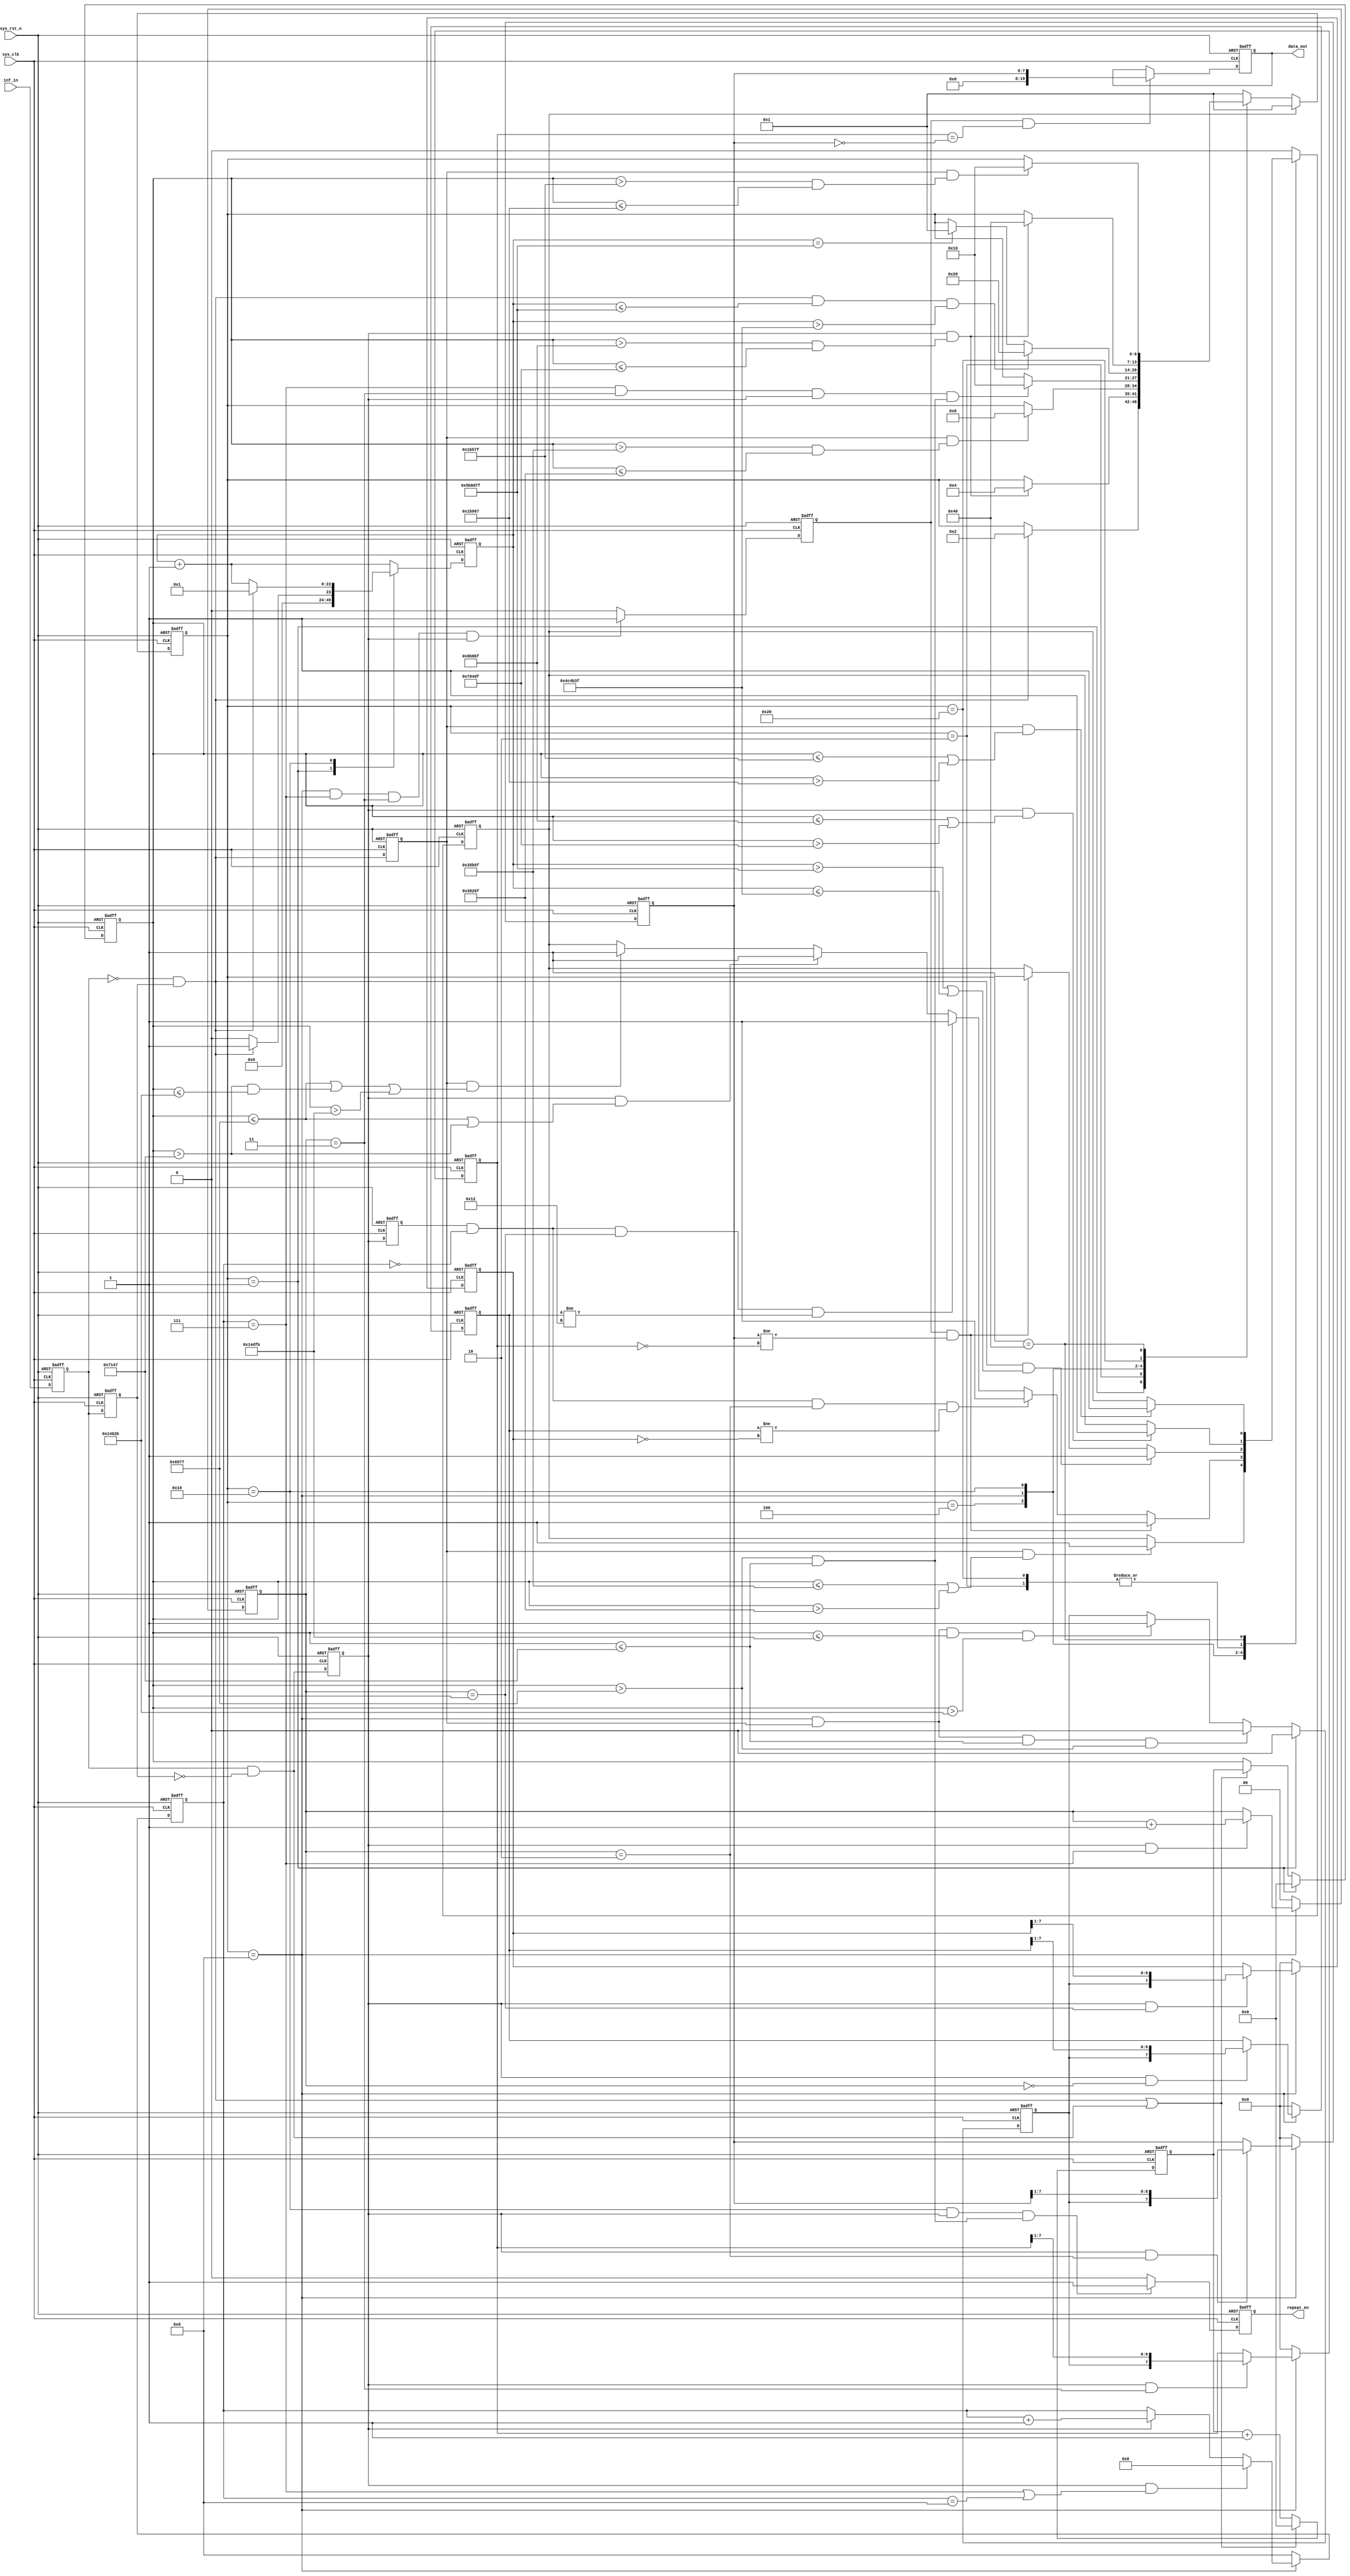
module inf_decoder
(
	input 	wire		sys_clk		,
	input 	wire		sys_rst_n	,
	input	wire		inf_in		,
	
	output	reg			repeat_en	,
	output	reg	[19:0]	data_out		
);

reg				inf_in_reg		;
reg				inf_in_reg1		;
wire			fall_flag		;
wire			rise_flag		;
reg		[6:0]	state			;
reg		[22:0]	cnt_110ms		;
reg		[19:0]	cnt				;
reg		[19:0]	cnt_reg			;
reg				fall_flag_reg	;
reg				rise_flag_reg	;
reg				rise_flag_reg2	;
reg		[3:0]	data_bit_cnt	;
reg		[1:0]	data_byte_cnt	;
reg				data			;
reg		[7:0]	addr_s_temp		;
reg		[7:0]	addr_c_temp		;
reg		[7:0]	data_s_temp		;
reg		[7:0]	data_c_temp		;
reg				data_finished 	;




reg				error_flag		;



parameter	IDLE				= 		7'b000_0001	,
			INTRODUCE_9000U		= 		7'b000_0010	,
			INTRODUCE_4500U		= 		7'b000_0100	,
			DATA				= 		7'b000_1000	,
			WAIT_REP			= 		7'b001_0000	,
			REP_9000U			= 		7'b010_0000	,
			REP_2250U			= 		7'b100_0000	,
			TIME_540U			= 		15'd26_999	,
			TIME_580U			=		15'd28_999	,
			TIME_1670U			= 		17'd83_499	,
			TIME_1710U			= 		17'd85_499	,
			TIME_9200U			=		19'd459_999	,
			TIME_8800U			=		19'd439_999	,
			TIME_4600U			= 		19'd229_999	,
			TIME_4400U			= 		19'd219_999	,
			TIME_100000U		= 		23'd4_999_999,
			TIME_120000U		= 		23'd5_999_999,
			TIME_2240U			= 		17'd111_999	,
			TIME_2260U			= 		17'd112_999	,
			
			ADDR				= 		8'h12		;
			
			

//inf_in_reg and inf_in_reg1
always@(posedge sys_clk or negedge sys_rst_n)
	if(sys_rst_n == 1'b0)
		begin
			inf_in_reg 	<= 	1'b1;
			inf_in_reg1 <= 	1'b1;
		end
	else 
		begin
			inf_in_reg 	<= 	inf_in;
			inf_in_reg1 <= 	inf_in_reg;
		end

//fall_flag
assign	fall_flag = (inf_in_reg == 1'b0) && (inf_in_reg1 == 1'b1);

//rise_flag
assign	rise_flag = (inf_in_reg == 1'b1) && (inf_in_reg1 == 1'b0);

//state
always@(posedge sys_clk or negedge sys_rst_n)
	if(sys_rst_n == 1'b0)
		state <= IDLE;
	else if(error_flag == 1'b1)
		state <= IDLE;
	else case(state)
		IDLE:
		if(fall_flag == 1'b1)
			state	<= 		INTRODUCE_9000U	;
			
		INTRODUCE_9000U:
		if((rise_flag_reg == 1'b1)&&((cnt_reg > TIME_8800U) && 
			(cnt_reg <= TIME_9200U)))
			state	<= 		INTRODUCE_4500U	;
			
		INTRODUCE_4500U:
			if((fall_flag_reg == 1'b1)&&((cnt_reg > TIME_4400U) &&
			(cnt_reg <= TIME_4600U)))
			state 	<= 		DATA			;
		
		DATA:
			if((data_bit_cnt == 4'd7) 	&& 
				(data_byte_cnt == 2'd3) && 
				(rise_flag_reg == 1'b1)	&&
				((cnt_reg > TIME_540U) 	&&
				(cnt_reg <= TIME_580U)))
			state 	<= 		WAIT_REP		;
			
		WAIT_REP:
			if((fall_flag == 1'b1) 			&& 
				(cnt_110ms <= TIME_120000U) &&
				(cnt_110ms > TIME_100000U))
			state 	<= 		REP_9000U		;
			
			else if(cnt_110ms == TIME_120000U)
			state 	<= 		IDLE			;
			
		
		REP_9000U:
			if((rise_flag_reg == 1'b1)		&&
				((cnt_reg > TIME_8800U) 	&& 
				(cnt_reg <= TIME_9200U)))
			state 	<= 		REP_2250U		;
		
		REP_2250U:
			if((fall_flag_reg == 1'b1)		&&
				((cnt_reg > TIME_2240U)	&& (cnt_reg <= TIME_2260U)))
			state	<= 		WAIT_REP		;
			
		
		default: 
			state <= IDLE;
	
	endcase

//cnt_110ms
always@(posedge sys_clk or negedge sys_rst_n)
	if(sys_rst_n == 1'b0)
		cnt_110ms <= 23'd0;
	else case(state)
		IDLE: 
		if(fall_flag == 1'b1)
			cnt_110ms <= 23'd1;
		else
			cnt_110ms <= 23'd0;
		WAIT_REP:
		if(fall_flag == 1'b1)
			cnt_110ms <= 23'd1;
		else
			cnt_110ms <= cnt_110ms + 23'd1;
		default:
			cnt_110ms <= cnt_110ms + 23'd1;
		
	endcase

//cnt
always@(posedge sys_clk or negedge sys_rst_n)
	if(sys_rst_n == 1'b0)
		cnt <= 20'd0;
	else if((fall_flag == 1'b1) || (rise_flag == 1'b1))
		cnt <= 20'd0;
	else 
		cnt <= cnt + 20'd1;
		
//cnt_reg
always@(posedge sys_clk or negedge sys_rst_n)
	if(sys_rst_n == 1'b0)
		cnt_reg	<= 20'd0;
	else if(state == IDLE)
		cnt_reg <= 20'd0;
	else if((fall_flag == 1'b1) || (rise_flag == 1'b1))
		cnt_reg	<= cnt;
	
//fall_flag_reg
always@(posedge sys_clk or negedge sys_rst_n)
	if(sys_rst_n == 1'b0)
		fall_flag_reg <= 1'b0;
	else 
		fall_flag_reg <= fall_flag;
		
//rise_flag_reg & rise_flag_reg2
always@(posedge sys_clk or negedge sys_rst_n)
	if(sys_rst_n == 1'b0)
		begin
		rise_flag_reg <= 1'b0;
		rise_flag_reg2<= 1'b0;
		end
	else
		begin
		rise_flag_reg <= rise_flag;
		rise_flag_reg2<= rise_flag_reg;
		end
		
//data
always@(posedge sys_clk or negedge sys_rst_n)
	if(sys_rst_n == 1'b0)
		data <= 1'b0;
	else if(state == IDLE)
		data <= 1'b0;
	else if((state == DATA) && (fall_flag_reg == 1'b1) && 
	(cnt_reg <= TIME_580U) && (cnt_reg > TIME_540U) )  //0
		data <= 1'b0;
	else if((state == DATA) && (fall_flag_reg == 1'b1) && 
	(cnt_reg <= TIME_1710U) && (cnt_reg > TIME_1670U)) //1
		data <= 1'b1;
		
//data_bit_cnt
always@(posedge sys_clk or negedge sys_rst_n)
	if(sys_rst_n == 1'b0)
		data_bit_cnt <= 4'd8;
	else case(state)
		DATA:
		if((rise_flag_reg == 1'b1) && ((data_bit_cnt == 4'd7) || (data_bit_cnt == 4'd8)))
		data_bit_cnt <= 4'd0;
		else if(rise_flag_reg == 1'b1)
		data_bit_cnt <= data_bit_cnt + 4'd1;
		default:
		data_bit_cnt <= 4'd8;
	endcase
		
//data_byte_cnt
always@(posedge sys_clk or negedge sys_rst_n)
	if(sys_rst_n == 1'b0)
		data_byte_cnt <= 2'd0;
	else case(state)
		DATA:
		begin
/* 			if((rise_flag_reg == 1'b1) && (data_bit_cnt == 4'd7) && (data_byte_cnt == 2'd3))
			data_byte_cnt <= 2'd3; */
			if((rise_flag_reg == 1'b1) && (data_bit_cnt == 4'd7))
			data_byte_cnt <= data_byte_cnt + 2'd1;
		end
		default:
		data_byte_cnt <= 2'd0;
	endcase
		
//addr_s_temp
always@(posedge sys_clk or negedge sys_rst_n)
	if(sys_rst_n == 1'b0)
	addr_s_temp <= 8'd0;
	else case(state)
		DATA:
		if((rise_flag_reg == 1'b1) && (data_byte_cnt == 2'd0))
		addr_s_temp <= {data,addr_s_temp[7:1]};
		default:
		addr_s_temp <= 8'd0;
	endcase


//addr_c_temp
always@(posedge sys_clk or negedge sys_rst_n)
	if(sys_rst_n == 1'b0)
	addr_c_temp <= 8'd0;
	else case(state)
		DATA:
		if((rise_flag_reg == 1'b1) && (data_byte_cnt == 2'd1))
		addr_c_temp <= {data,addr_c_temp[7:1]};
		default:
		addr_c_temp <= 8'd0;
	endcase
		
//data_s_temp
always@(posedge sys_clk or negedge sys_rst_n)
	if(sys_rst_n == 1'b0)
	data_s_temp <= 8'd0;
	else case(state)
		DATA:
		if((rise_flag_reg == 1'b1) && (data_byte_cnt == 2'd2))
		data_s_temp <= {data,data_s_temp[7:1]};
		
		default:
		data_s_temp <= 8'd0;
	endcase
		
//data_c_temp
always@(posedge sys_clk or negedge sys_rst_n)
	if(sys_rst_n == 1'b0)
	data_c_temp <= 8'd0;
	else case(state)
		DATA:
		if((rise_flag_reg == 1'b1) && (data_byte_cnt == 2'd3))
		data_c_temp <= {data,data_c_temp[7:1]};
		
/* 		WAIT_REP:
		data_c_temp <= data_c_temp; */
		
		default:
		data_c_temp <= 8'd0;
		
	endcase

//data_finished
always@(posedge sys_clk or negedge sys_rst_n)
	if(sys_rst_n == 1'b0)
		data_finished <= 1'b0;
	else if((state == DATA) && (data_bit_cnt == 4'd7) && 
	(data_byte_cnt == 2'd3) && (rise_flag_reg == 1'b1))
		data_finished <= 1'b1;
	else
		data_finished <= 1'b0;
		
//data_out
always@(posedge sys_clk or negedge sys_rst_n)
	if(sys_rst_n == 1'b0)
		data_out <= 20'd0;
	else if((data_finished == 1'b1) && 
			(data_c_temp == ~data_s_temp))
		data_out <=	data_s_temp;
			
//repeat_en
always@(posedge sys_clk or negedge sys_rst_n)
	if(sys_rst_n == 1'b0)
		repeat_en <= 1'b0;
	else if((state == WAIT_REP) && (rise_flag_reg == 1'b1)	&&
	((cnt_reg > TIME_540U)	&& (cnt_reg <= TIME_580U)))
		repeat_en <= 1'b1;
	else
		repeat_en <= 1'b0;

	
//error_flag
always@(posedge sys_clk or negedge sys_rst_n)
		if(sys_rst_n == 1'b0)
			error_flag <= 1'b0;
		else case(state)
		IDLE: 
			error_flag <= 1'b0;
			
		INTRODUCE_9000U:
			if((rise_flag_reg == 1'b1)&&((cnt_reg <= TIME_8800U) || 
			(cnt_reg > TIME_9200U)))
				error_flag <= 1'b1;
				
		INTRODUCE_4500U:
			if((fall_flag_reg == 1'b1)&&((cnt_reg <= TIME_4400U) || 
			(cnt_reg > TIME_4600U)))
				error_flag <= 1'b1;
		
		DATA:	//data time error
		begin
			if((rise_flag_reg == 1'b1)&&((cnt_reg <= TIME_540U) || 
			(cnt_reg > TIME_580U)))
				error_flag <= 1'b1;
			else if((fall_flag_reg == 1'b1)&&((cnt_reg <= TIME_540U) || 
			((cnt_reg > TIME_580U) && (cnt_reg <= TIME_1670U)) ||
			(cnt_reg > TIME_1710U)))
				error_flag <= 1'b1;
				
			if((rise_flag_reg2 == 1'b1) &&		//addr error
				(data_bit_cnt == 4'd0)	&&
				(data_byte_cnt ==2'd1)	&&
				(addr_s_temp != ADDR))
				error_flag <= 1'b1;
				
			if((rise_flag_reg2 == 1'b1) &&		//addr format error
				(data_bit_cnt == 4'd0)	&&
				(data_byte_cnt ==2'd2)	&&
				(addr_s_temp != ~addr_c_temp))
				error_flag <= 1'b1;
				
			if((data_finished == 1'b1)	&&
				(data_s_temp != ~data_c_temp))
				error_flag <= 1'b1;		
		end
				
		WAIT_REP:
			begin
			if((data_finished == 1'b1)	&&
				(data_s_temp != ~data_c_temp))
				error_flag <= 1'b1;	
				
			if((fall_flag == 1'b1) 			&& 
				((cnt_110ms > TIME_120000U) ||
				(cnt_110ms <= TIME_100000U)))
				error_flag <= 1'b1;
			end
			
		REP_9000U:
			if((rise_flag_reg == 1'b1)		&&
				((cnt_reg <= TIME_8800U) 	||
				(cnt_reg > TIME_9200U)))
				error_flag	<= 1'b1;
		REP_2250U:	
			if((fall_flag_reg == 1'b1)		&&
				((cnt_reg <= TIME_2240U)	|| (cnt_reg > TIME_2260U)))
				error_flag <= 1'b1;
				
		default:
			error_flag <= 1'b0;
		
		
	endcase

	

endmodule